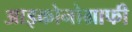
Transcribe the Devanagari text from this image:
आइकोनोग्राफी